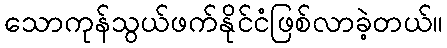
သောကုန်သွယ်ဖက်နိုင်ငံဖြစ်လာခဲ့တယ်။